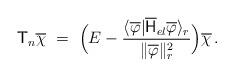
LaTeX: \begin{align*}\mathsf{T}_n\overline{\chi}\ =\ \Bigl(E-\frac{\langle{\overline\varphi}|\overline{\mathsf{H}}_{el}\overline{\varphi}\rangle_{r}}{\|\overline\varphi\|_r^2}\Bigr)\overline{\chi}\, .\end{align*}